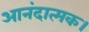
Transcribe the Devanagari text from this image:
आनंदात्मक।